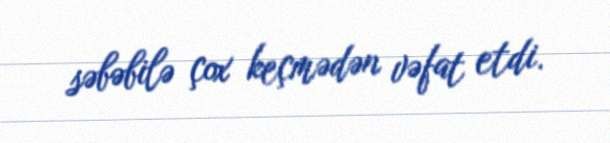
səbəbilə çox keçmədən vəfat etdi.